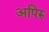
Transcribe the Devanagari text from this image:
अपिरु